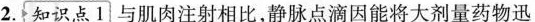
2. 知识点1 与肌肉注射相比，静脉点滴因能将大剂量药物迅